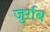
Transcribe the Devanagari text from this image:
जुर्राब